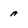
Character: a